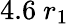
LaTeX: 4.6~r_{1}